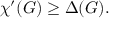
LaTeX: \chi ^ { \prime } ( G ) \geq \Delta ( G ) .